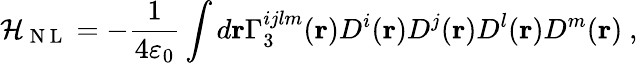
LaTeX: \mathcal{H}_{\mathrm{~N~L~}}=-\frac{1}{4\varepsilon_{0}}\int d\textbf{r}\Gamma_{3}^{ijlm}(\textbf{r})D^{i}(\textbf{r})D^{j}(\textbf{r})D^{l}(\textbf{r})D^{m}(\textbf{r})\ ,